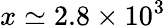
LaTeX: x\simeq 2.8\times 10^{3}